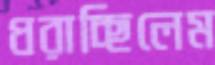
ধরাচ্ছিলেম